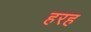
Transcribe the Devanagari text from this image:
हरह